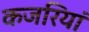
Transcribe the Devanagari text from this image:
कजरियां